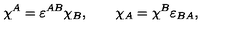
\chi ^ { A } = \varepsilon ^ { A B } \chi _ { B } , \qquad \chi _ { A } = \chi ^ { B } \varepsilon _ { B A } ,